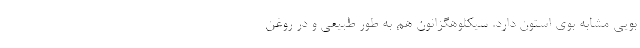
بویی مشابه بوی استون دارد. سیکلوهگزانون هم به طور طبیعی و در روغن